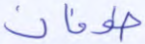
طوفان